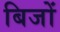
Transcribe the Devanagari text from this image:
बिजों